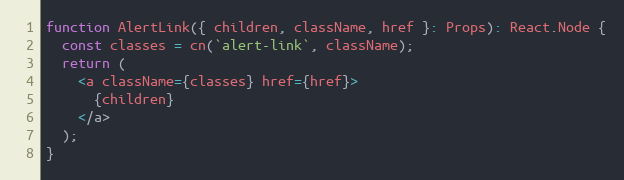
Language: JavaScript
function AlertLink({ children, className, href }: Props): React.Node {
  const classes = cn(`alert-link`, className);
  return (
    <a className={classes} href={href}>
      {children}
    </a>
  );
}